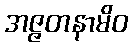
အဇ္ဇတနာမိဝ